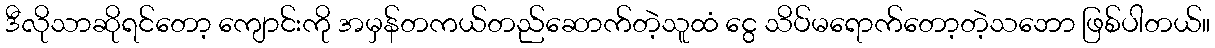
ဒီလိုသာဆိုရင်တော့ ကျောင်းကို အမှန်တကယ်တည်ဆောက်တဲ့သူထံ ငွေ သိပ်မရောက်တော့တဲ့သဘော ဖြစ်ပါတယ်။